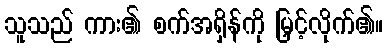
သူသည် ကား၏ စက်အရှိန်ကို မြှင့်လိုက်၏။